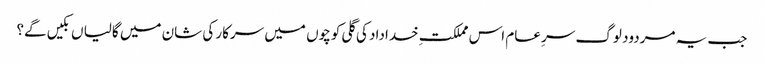
جب یہ مردود لوگ سرِ عام اس مملکتِ خداداد کی گلی کوچوں میں سرکار کی شان میں گالیا ں بکیں گے؟